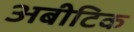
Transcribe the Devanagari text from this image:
अबीटिक